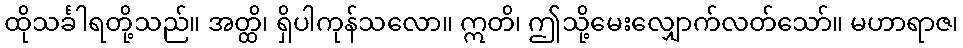
ထိုသင်္ခါရတို့သည်။ အတ္ထိ၊ ရှိပါကုန်သလော။ ဣတိ၊ ဤသို့မေးလျှောက်လတ်သော်။ မဟာရာဇ၊